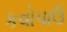
કવોપાઉ